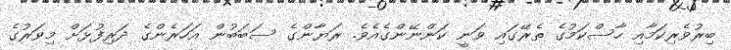
ބިރުވެރިކަމާއި ހާސްކަމުގެ ތެރޭގައި ވަނީ ކަންނޭންގެއެވެ. ރަޔާންގެ ސަބަބުން އަހަރެންގެ ދަރިފުޅަށް މިވަރުގެ